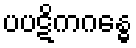
ပပဋိကဂန္ဓေ